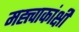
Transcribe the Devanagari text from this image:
मह्त्त्वाकांक्षी